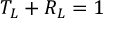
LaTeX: T _ { L } + R _ { L } = 1